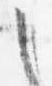
之